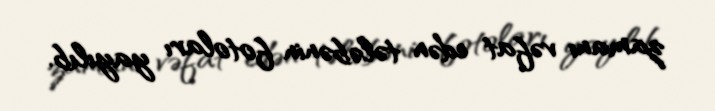
zamanı vəfat edən tələbənin fotoları yayılıb.